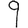
Digit: 9